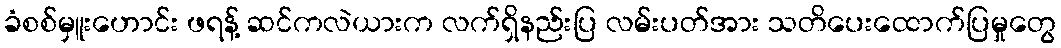
ခံစစ်မှူးဟောင်း ဖရန့် ဆင်ကလဲယားက လက်ရှိနည်းပြ လမ်းပတ်အား သတိပေးထောက်ပြမှုတွေ